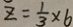
z = \frac { 1 } { 3 } \times 6